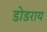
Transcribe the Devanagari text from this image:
डोडराय